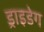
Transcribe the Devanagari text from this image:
ड्राइडेग